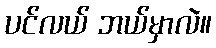
ပင်လယ် ဘယ်မှာလဲ။